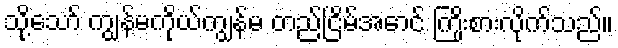
သို့သော် ကျွန်မကိုယ်ကျွန်မ တည်ငြိမ်အောင် ကြိုးစားလိုက်သည်။